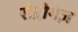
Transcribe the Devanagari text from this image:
रोद्रीगेज़